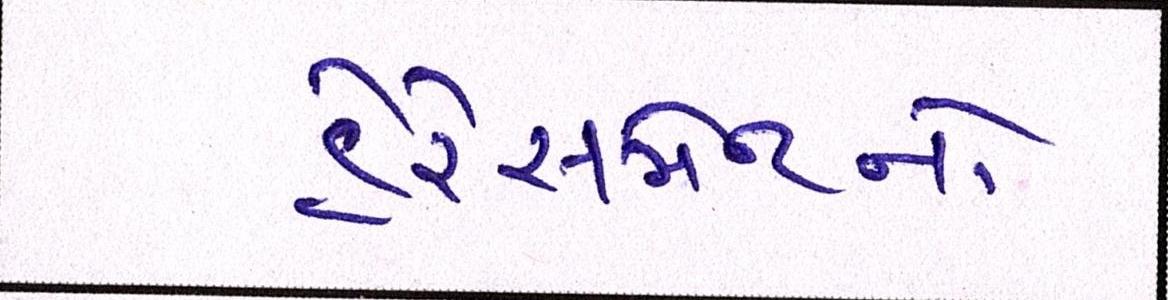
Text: હેરેસમેન્ટનો